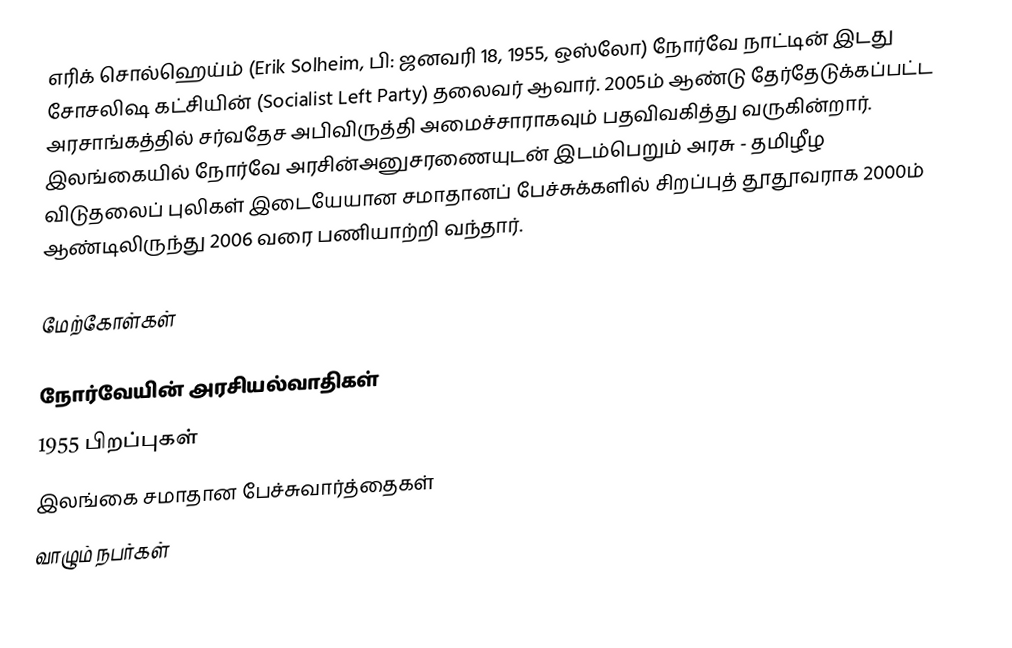
எரிக் சொல்ஹெய்ம் (Erik Solheim, பி: ஜனவரி 18, 1955, ஒஸ்லோ) நோர்வே நாட்டின் இடது சோசலிஷ கட்சியின் (Socialist Left Party) தலைவர் ஆவார். 2005ம் ஆண்டு தேர்தேடுக்கப்பட்ட அரசாங்கத்தில் சர்வதேச அபிவிருத்தி அமைச்சாராகவும் பதவிவகித்து வருகின்றார். இலங்கையில் நோர்வே அரசின்அனுசரணையுடன் இடம்பெறும் அரசு - தமிழீழ விடுதலைப் புலிகள் இடையேயான சமாதானப் பேச்சுக்களில் சிறப்புத் தூதூவராக 2000ம் ஆண்டிலிருந்து 2006 வரை பணியாற்றி வந்தார்.

மேற்கோள்கள்

நோர்வேயின் அரசியல்வாதிகள்
1955 பிறப்புகள்
இலங்கை சமாதான பேச்சுவார்த்தைகள்
வாழும் நபர்கள்